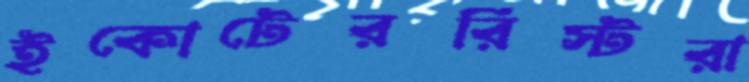
ইকোটেররিস্টরা